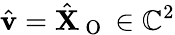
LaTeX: \hat{\mathbf{v}}=\hat{\mathbf{X}}_{\mathrm{~O~}}\in\mathbb{C}^{2}